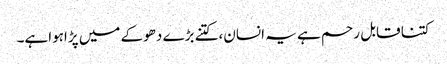
کتنا قابل رحم ہے یہ انسان،کتنے بڑے دھوکے میں پڑاہواہے۔